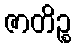
ဇာတိဉ္စ